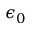
\epsilon _ { 0 }